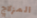
المزلاج